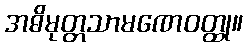
အဓိမုတ္တသာမဏေဝတ္ထု။